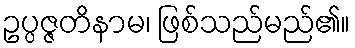
ဥပ္ပဇ္ဇတိနာမ၊ ဖြစ်သည်မည်၏။